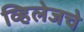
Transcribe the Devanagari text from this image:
व्हिलेजचे